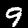
Digit: 9